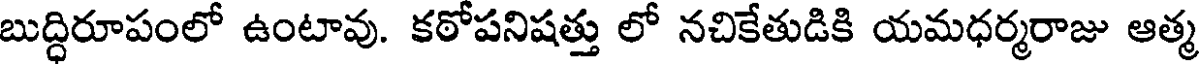
బుద్ధిరూపంలో ఉంటావు. కఠోపనిషత్తు లో నచికేతుడికి యమధర్మరాజు ఆత్మ